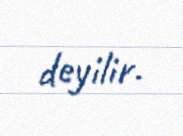
deyilir.